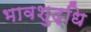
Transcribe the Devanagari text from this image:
भावशुद्धि